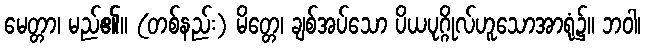
မေတ္တာ၊ မည်၏။ (တစ်နည်း) မိတ္တေ၊ ချစ်အပ်သော ပိယပုဂ္ဂိုလ်ဟူသောအာရုံ၌။ ဘဝါ၊